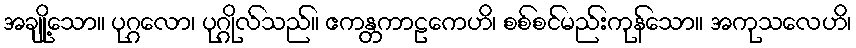
အချို့သော။ ပုဂ္ဂလော၊ ပုဂ္ဂိုလ်သည်။ ဧကန္တကာဠကေဟိ၊ စစ်စင်မည်းကုန်သော။ အကုသလေဟိ၊